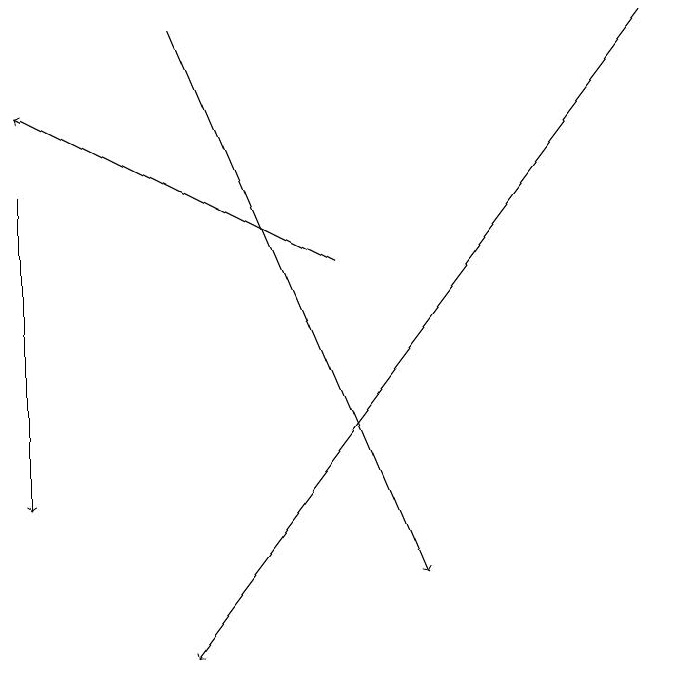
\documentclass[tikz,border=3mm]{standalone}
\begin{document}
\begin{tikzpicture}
\draw[->] (2,18) -- (5,11);
\draw[->] (4,15) -- (0,17);
\draw[->] (0,16) -- (0,12);
\draw[->] (8,18) -- (2,10);
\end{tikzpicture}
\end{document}